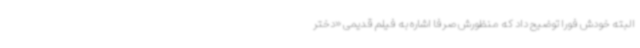
البته خودش فورا توضیح داد که منظورش صرفا اشاره به فیلم قدیمی «دختر